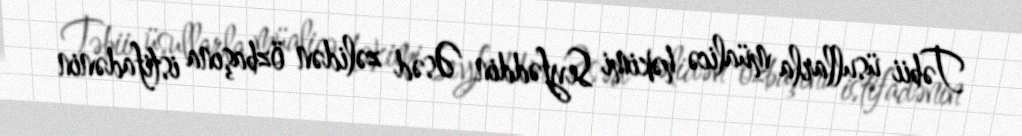
Təbii üsullarla müalicə həkimi Seyfəddin Əsəd zəlidən özbaşına istifadənin